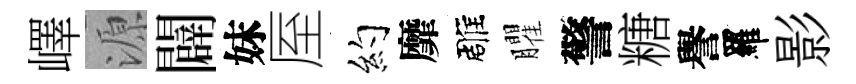
嶧源闢妹厔約靡雕臞警糖譽羅影